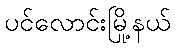
ပင်လောင်းမြို့နယ်